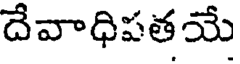
దేవాధిపతయే